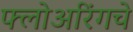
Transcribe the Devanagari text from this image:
फ्लोअरिंगचे